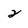
Character: 2